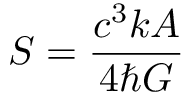
S = { \frac { c ^ { 3 } k A } { 4 \hbar G } }